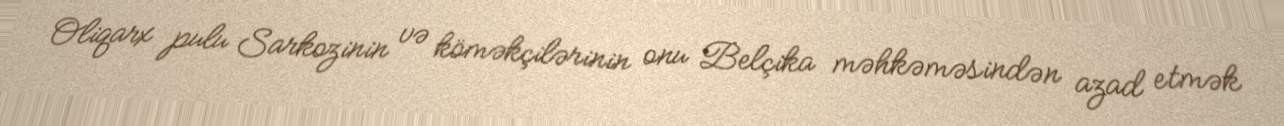
Oliqarx pulu Sarkozinin və köməkçilərinin onu Belçika məhkəməsindən azad etmək